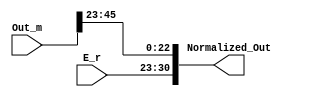
module Normalizer (Out_m,E_r,Normalized_Out);
  input [47:0]Out_m;
  input [7:0]E_r; 
  output [30:0]Normalized_Out;
  
  
  assign Normalized_Out={E_r,Out_m[45:23]};
  
endmodule